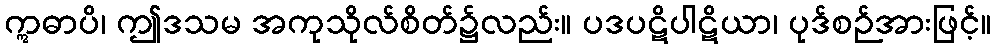
ဣဓာပိ၊ ဤဒသမ အကုသိုလ်စိတ်၌လည်း။ ပဒပဋိပါဋိယာ၊ ပုဒ်စဉ်အားဖြင့်။